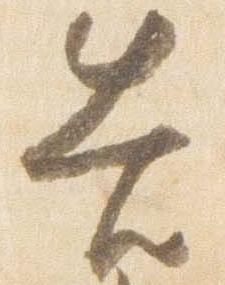
告